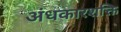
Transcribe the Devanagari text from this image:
अंधकारशक्ति